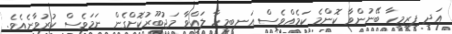
އަދި ފިރިމީހާ ބޭނުންވާ ކޮންމެ ކަމެއްވެސް އަނބިމީހާ ލައްވާ މަޖުބޫރުކޮށްގެން ނަމަވެސް ކުރުވާނެއެވެ.